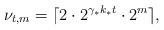
LaTeX: \begin{align*} \nu_{t,m} = \lceil 2\cdot 2^{\gamma_*k_*t}\cdot 2^m\rceil,\end{align*}